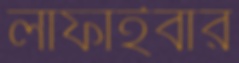
লাফাইবার